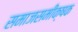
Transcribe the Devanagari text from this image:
समाजसमीक्षक